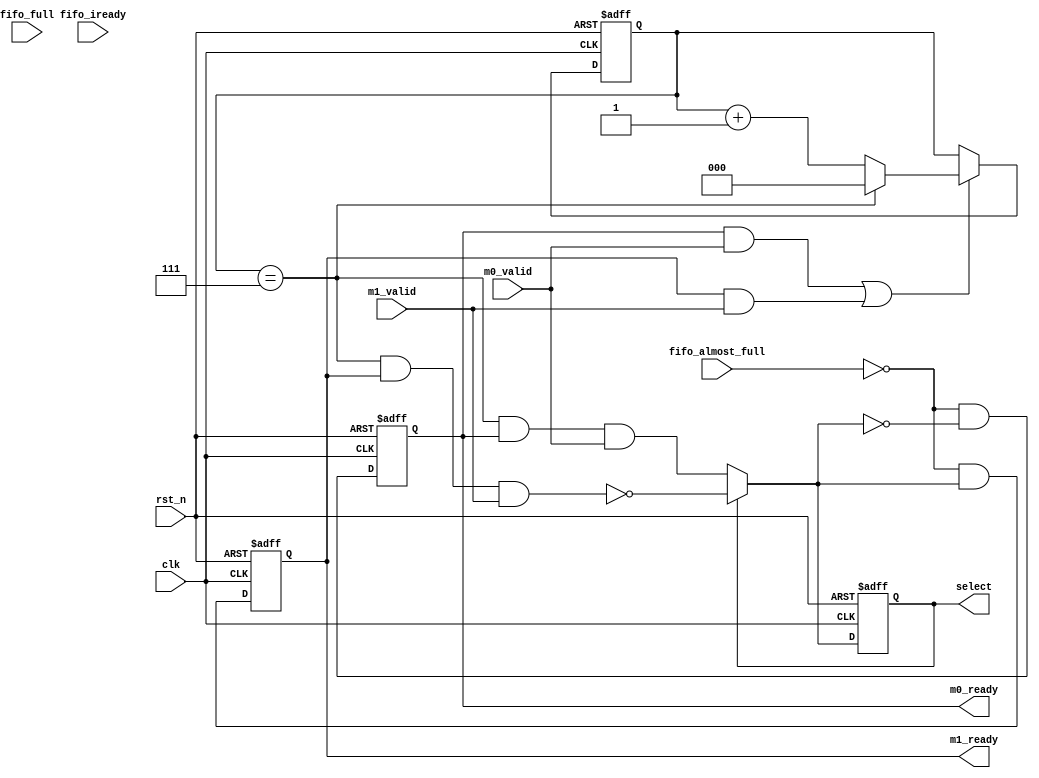
module MicroController #(parameter SWITCH = 8)(
    input clk,
    input rst_n,

    output reg m0_ready, m1_ready,
    input  m0_valid, m1_valid,

    output reg select,

    input fifo_iready,
    input fifo_almost_full, fifo_full
);
wire n_m0_ready, n_m1_ready;
wire n_select;

parameter SWITCH_BIT = $clog2(SWITCH);
reg [SWITCH_BIT-1 : 0] counter, n_counter;

assign n_m0_ready = ~fifo_almost_full & ~n_select;
assign n_m1_ready = ~fifo_almost_full &  n_select;
assign n_select = select ? ~(counter == SWITCH-1 && m1_ready && m1_valid) : (counter == SWITCH-1 && m0_ready && m0_valid);

always @(*) begin
    if ( (m0_ready & m0_valid) | (m1_ready & m1_valid) )n_counter = (counter == SWITCH-1) ? 0 : counter +1;
    else n_counter = counter;
end

always @(posedge clk or negedge rst_n) begin
    if (~rst_n) begin
        counter <= 0;
        m0_ready <= 1'b0;
        m1_ready <= 1'b0;
        select <= 1'b0;
    
    end else begin
        counter <= n_counter;
        m0_ready <= n_m0_ready;
        m1_ready <= n_m1_ready;
        select <= n_select;
    
    end
end
endmodule

module controller #(parameter SWITCH = 8)(
    input clk,
    input rst_n,

    output m0_awready, m1_awready, m0_wready, m1_wready,
    input  m0_awvalid, m1_awvalid, m0_wvalid, m1_wvalid,

    output aw_select, w_select,

    input awfifo_iready, wfifo_iready,
    input awfifo_almost_full, awfifo_full, wfifo_almost_full, wfifo_full
);

MicroController #(.SWITCH(SWITCH)) aw (.clk(clk), .rst_n(rst_n), .m0_ready(m0_awready), .m1_ready(m1_awready), 
    .m0_valid(m0_awvalid), .m1_valid(m1_awvalid), 
    .select(aw_select), .fifo_iready(awfifo_iready), .fifo_almost_full(awfifo_almost_full), .fifo_full(awfifo_full));

MicroController #(.SWITCH(SWITCH))  w(.clk(clk), .rst_n(rst_n), .m0_ready(m0_wready), .m1_ready(m1_wready), 
    .m0_valid(m0_wvalid), .m1_valid(m1_wvalid), 
    .select(w_select), .fifo_iready(wfifo_iready), .fifo_almost_full(wfifo_almost_full), .fifo_full(wfifo_full));
endmodule